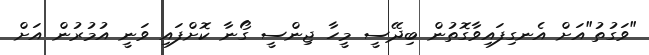
"ވަގުތު"އަށް އެނގިފައިވާގޮތުން ބިދޭސީ މީހާ ޖިންސީ ގޯނާ ކޮށްފައި ވަނީ އުމުރުން އަށް